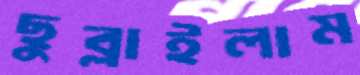
ছুব্‌লাইলাম